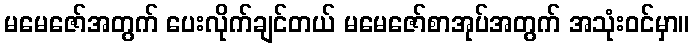
မမေဇော်အတွက် ပေးလိုက်ချင်တယ် မမေဇော်စာအုပ်အတွက် အသုံးဝင်မှာ။